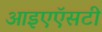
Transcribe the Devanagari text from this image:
आइएऍसटी